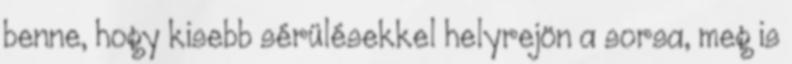
benne, hogy kisebb sérülésekkel helyrejön a sorsa, meg is